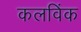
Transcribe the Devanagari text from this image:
कलविंक